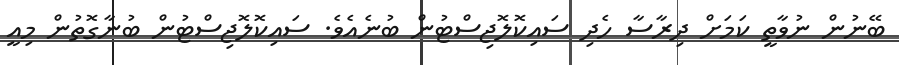
ބޭނުން ނުވާތީ ކަމަށް ދިރާސާ ހެދި ސައިކޮލޮޖިސްޓުން ބުނެއެވެ. ސައިކޮލޮޖިސްޓުން ބުނާގޮތުން މިއީ